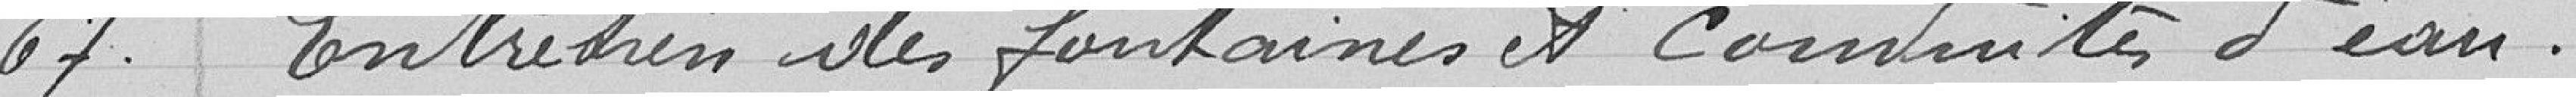
67. Entretien des fontaines et conduits d'eau